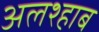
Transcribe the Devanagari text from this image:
अलश्हाब